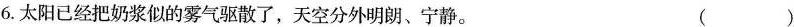
6.太阳已经把奶浆似的雾气驱散了，天空分外明朗、宁静。()